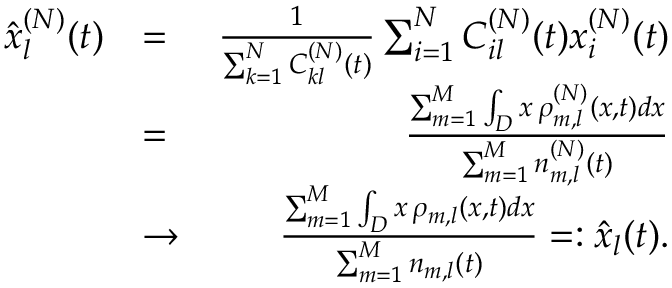
\begin{array} { r l r } { \hat { x } _ { l } ^ { ( N ) } ( t ) } & { = } & { \frac { 1 } { \sum _ { k = 1 } ^ { N } C _ { k l } ^ { ( N ) } ( t ) } \sum _ { i = 1 } ^ { N } C _ { i l } ^ { ( N ) } ( t ) x _ { i } ^ { ( N ) } ( t ) } \\ & { = } & { \frac { \sum _ { m = 1 } ^ { M } \int _ { D } x \, \rho _ { m , l } ^ { ( N ) } ( x , t ) d x } { \sum _ { m = 1 } ^ { M } n _ { m , l } ^ { ( N ) } ( t ) } } \\ & { \rightarrow } & { \frac { \sum _ { m = 1 } ^ { M } \int _ { D } x \, \rho _ { m , l } ( x , t ) d x } { \sum _ { m = 1 } ^ { M } n _ { m , l } ( t ) } = : \hat { x } _ { l } ( t ) . } \end{array}